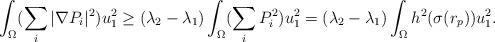
LaTeX: \begin{align*}\int_\Omega (\sum_i |\nabla P_i|^2) u_1^2 \geq (\lambda_2 - \lambda_1) \int_\Omega (\sum_i P_i^2) u_1^2 = (\lambda_2 - \lambda_1) \int_\Omega h^2(\sigma(r_p)) u_1^2 .\end{align*}